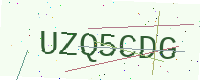
Text: UZQ5CDG